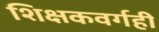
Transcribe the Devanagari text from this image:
शिक्षकवर्गही